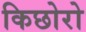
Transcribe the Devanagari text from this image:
किछोरो